Cholera in India, 1862 to 1881
Year: 1862
Disease focus: Cholera
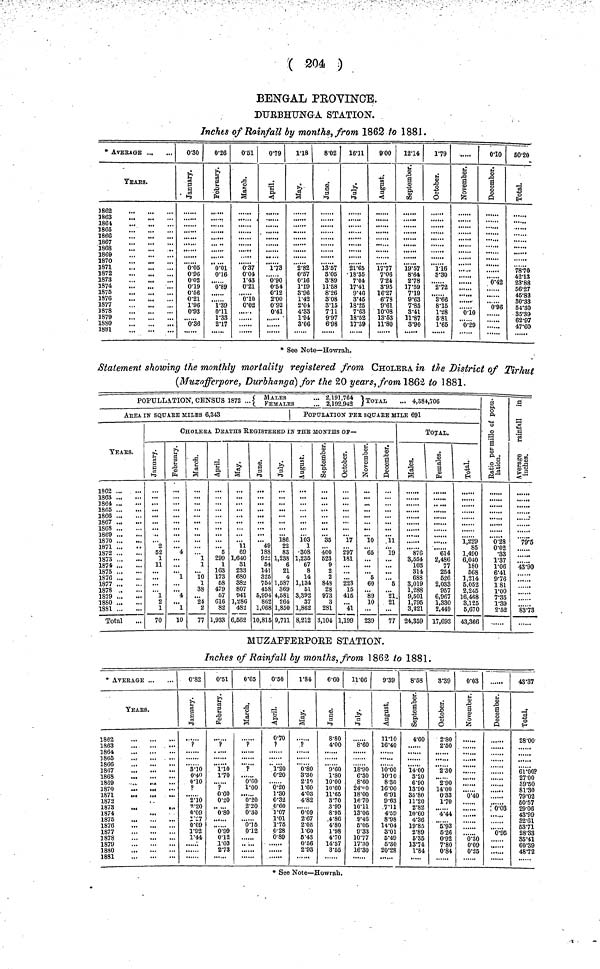
( 204 )
BENGAL PROVINCE.
DURBHUNGA STATION.
Inches of Rainfall by months, from 1862 to 1881.
* AVERAGE
YEARS.
1862
1864
1865
1866
1867
1868
1869
1871
1872
1873
1874
1875
1876
1877
3878
1879
1S80
1881
0·30
January.
0·05
0·96
0·02
0·19
0·56
0·21
1·96
0·93
0·36
0·26
February.
0·01
0·16
0·89
1·39
0·11
1·33
2·17
0·51
March.
0·37
0·04
1·43
0·21
0·10
0·02
0·79
April.
1·73
0·90
0·54
0·12
2·00
0·92
0·41
1·18
May.
2·82
0·57
0·16
1·19
3·96
1·42
2·04
4·33
1·94
3·06
8·02
June.
13·57
3·05
3·89
11·58
8·26
3·08
3·15
711
9·97
6·98
1611
July.
21·65
18·35
7·04
17·41
9·46
3·45
18·25
7·63
18·52
17·39
9·00
August.
17·77
7·06
7·24
3·95
16·27
6·78
9·61
10·08
13·53
11·80
12·14
September.
19·57
8·64
2·78
17·59
7·19
9·63
7·85
8·41
11·87
3·90
1·79
Octomber.
1·16
3·30
2·72
3·66
8·15
1·28
5·81
1·65
November.
0·10
0·29
0·10
December.
0·42
0·96
50·20
Total
7870
42·13
23·88
56·27
45·82
30·33
54·30
35·39
62·97
47·60
* See Note—Howrah.
Statement showing the monthly mortality registered from CHOLERA in the District of Tirhut
(Muzafferpore, Durbhanga] for the 20 years, from 1862 to 1881.
POPULLATION, CENSUS 1872 ...
MALES 2,191,764 Total 4,384,706
Females
2,192,942
AREA IN SQUARE MILES 6,343
|
YEARS..
1862
1863
1864 ...
18G5
1866
1867
1869
1870
1871
1872
1873
1874
1875
1876 ,,.
1878 .
1879
1880 ..
1881
Total
POPULATION PER SQUARE MILE 691
CHOLERA DEATHS REGISTERED IN THE MONTHS OF—
January.
2
52
1
11
1
2
1
70
February.
4
1
4
1
10
March.
1
1
10
1
38
24
2
77
April.
...
5
299
1
1G3
173
58
479
57
616
82
1,933
May.
11
69
1,640
81
233
680
382
807
941
1,286
482
6,562
June.
49
188
922
54
141
325
754
455
5,994
862
1,068
10,81E
July.
186
22
83
1,238
6
21
4
1,587
369
4,581
264
1,850
9,711
August.
103
1
308
1,235
67
8
14
1,134
61
3,392
37
1,862
8,212
September.
35
400
523
9
2
2
848
28
973
3
281
3,104
Octomber.
17
297
181
223
15
415
...
41
1,199
November.
10
65
...
...
...
5
60
...
89
10
...
239
December.
11
19
...
...
5
21
21
7r
TOTAL.
Males
876
3,654
103
314
688
3,019
1,288
9,501
1,795
3,221
24,359
Females
614
2,486
77
254
526
2,033
957
6,967
1,330
2,449
17,693
Total
1,229
85
1,490
6,040
180
568
1,214
5,052
2,245
16,468
3,125
5,670
43,366
Ratio per miles of population.
0·28
0·02
.33
1·37
1·06
6·41
9·76
1 81
1·00
7·35
1·39
2·52
Average rainfall in inches.
79·5
43·90
83·73
MUZAFFERPOE STATION.
Inches of Rainfall by months, from 1862 to 1881.
* AVERAGE
YEARS.
1863
1864
1865
...
1866
1867
1868
..
1869
.
1870
1872
1873
1874
1876
1877
1878
1880
1881
0·82
January.
p
3·10
0·40
0·10
?
2·10
9/20
0·09
/ill/
0·09
1·92
1·44
0·51
February..
?
1·10
1·70
?
0·60
0·20
0·80
0·99
0·12
.1·03
2·73
0·65
March.
?
?
0·60
1·00
0·20
2·20
0·30
0·15
0·12
0·50
April.
0·70
?
1·20
0·20
0·20
1·30
0·32
0·60
1·07
1·01
1·76
0·28
0·89
1·84
May.
?
0·80
3·30
2·10
1·60
4·03
4·82
0·09
2·67
2·05
1·60
5·43
0·56
2·93
6·60
June.
8·80
4·00
9·60
1·80
10·00
10·60
11·65
3·70
3·99
8·95
4·86
4·80
1·98
4·70
14·57
3·55
11·06
July.
8·60
18·90
6·30
8·60
24·00
18·00
16·70
10·11
13·06
9·46
5·05
9·33
10·77
17·80
1630
9·39
August.
11·10
16·40
10·00
10·10
8·30
16·00
6·91
9·63
7·11
4·59
8·98
14·04
3·01
5·49
5·30
20·28
8·58
September.
4·60
14·00
3·20
6·90
13·90
35·80
11·20
2·82
10·60
4·36
19·85
2·89
5·35
13·74
1·84
3·39
Octomber.
2·80
2·50
2·30
2·90
14·00
0·33
1·70
4·44
5·93
5·26
0·92
7·80
0·84
0·03
November.
0·40
0·30
0·09
0-25
December.
0·03
0·95
43·37
1
28·00
61·00?
27·00
39·50
81·30
79·02
50·57
29·06
43·99
32·61
53·71
28·33
35·41
60·39
48·72
See Note—Howrah.